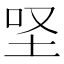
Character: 𡊙